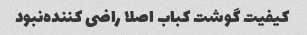
کیفیت گوشت کباب اصلا راضی کننده‌نبود